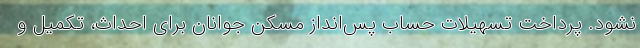
نشود. پرداخت تسهیلات حساب پس‌انداز مسکن جوانان برای احداث، تکمیل و